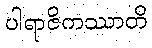
ပါရာဇိကဿာတိ